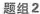
题组2